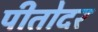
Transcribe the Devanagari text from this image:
पीतोदर